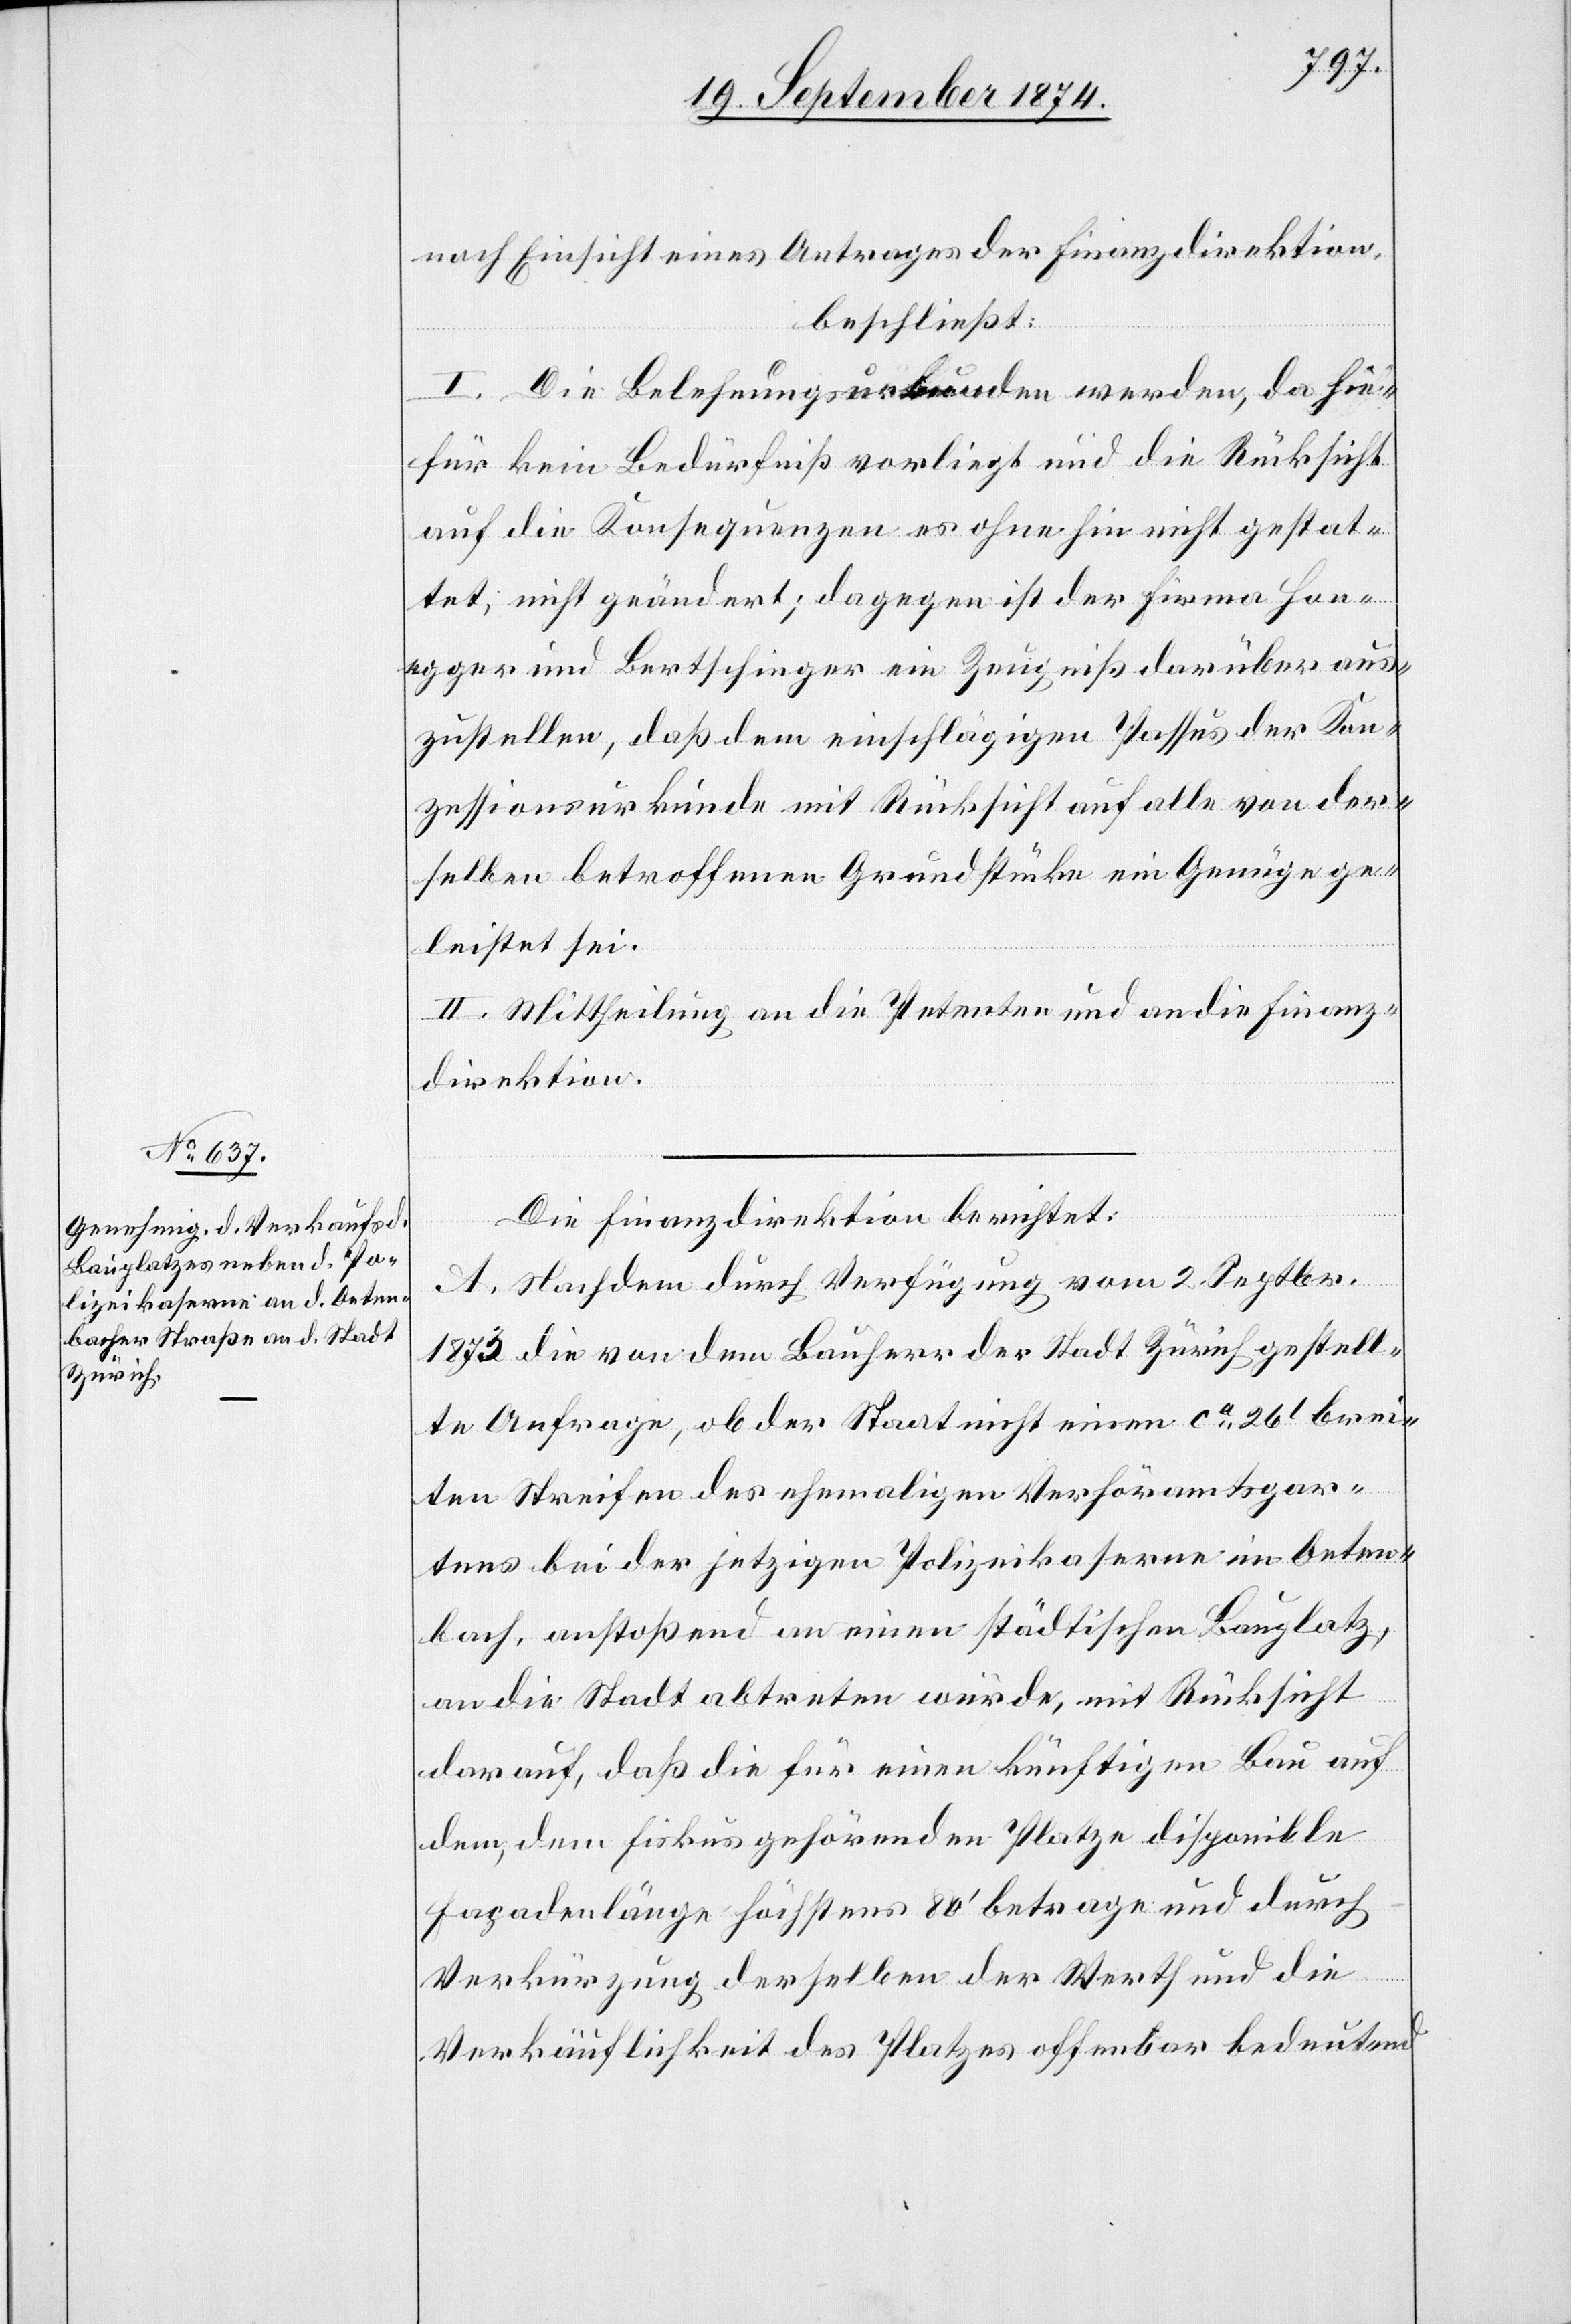
nach Einsicht eines Antrages der Finanzdirektion,
beschließt:
I. Die Belehnungsurkunden werden, da hie¬
für kein Bedürfniß vorliegt und die Rücksicht
auf die Konsequenzen es ohnehin nicht gestat¬
tet, nicht geändert; dagegen ist der Firma Hone¬
gger und Bertschinger ein Zeugniß darüber aus¬
zustellen, daß dem einschlägigen Passus der Kon¬
zessionsurkunde mit Rücksicht auf alle von der¬
selben betroffenen Grundstücke ein Genüge ge¬
leistet sei.
II. Mittheilung an die Petenten und an die Finanz¬
direktion.
Die Finanzdirektion berichtet:
A. Nachdem durch Verfügung vom 2. Sepbtr.
1873 die von dem Bauherr der Stadt Zürich gestell¬
te Anfrage, ob der Staat nicht einen ca 26‘ brei¬
ten Streifen des ehemaligen Verhöramtsgar¬
tens bei der jetzigen Polizeikaserne im Oeten¬
bach, anstoßend an einen städtischen Bauplatz,
an die Stadt abtreten würde, mit Rücksicht
darauf, daß die für einen künftigen Bau auf
dem, dem Fiskus gehörenden Platze disponible
Façadenlänge höchstens 80‘ betrage und durch
Verkürzung derselben der Werth und die
Verkäuflichkeit des Platzes offenbar bedeutend